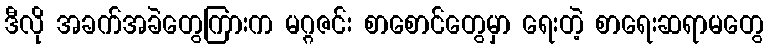
ဒီလို အခက်အခဲတွေကြားက မဂ္ဂဇင်း စာစောင်တွေမှာ ရေးတဲ့ စာရေးဆရာမတွေ